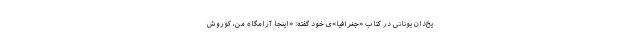
یخ‌دان یونانی در کتاب «جغرافیا»ی خود گفته: «اینجا آرامگاه من، کوروش